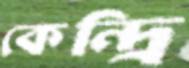
কেন্দ্রি